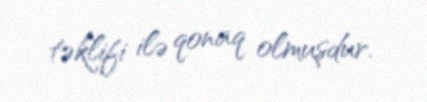
təklifi ilə qonaq olmuşdur.